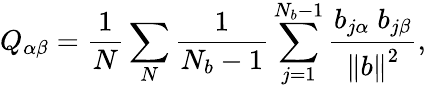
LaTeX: Q_{\alpha\beta}=\frac{1}{N}\sum_{N}\frac{1}{N_{b}-1}\sum_{j=1}^{N_{b}-1}\frac{{b_{j\alpha}\; b_{j\beta}}}{\left\| b\right\| ^{2}},